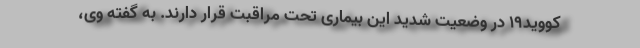
کووید۱۹ در وضعیت شدید این بیماری تحت مراقبت قرار دارند. به گفته وی،